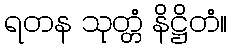
ရတန သုတ္တံ နိဋ္ဌိတံ။